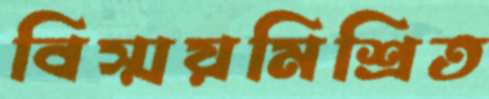
বিস্ময়মিশ্রিত